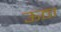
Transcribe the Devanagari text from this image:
ऊठा